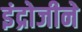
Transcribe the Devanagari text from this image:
इंद्रोजीने